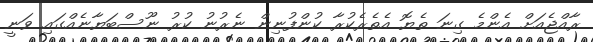
ރާއްޖެއަށް އެންމެ ގިނަ ތެޔޮ އެތެރެކުރާ ކުންފުނިން ނެރުނު ކުރު ނޫސްބަޔާނެއްގައި ވަނީ